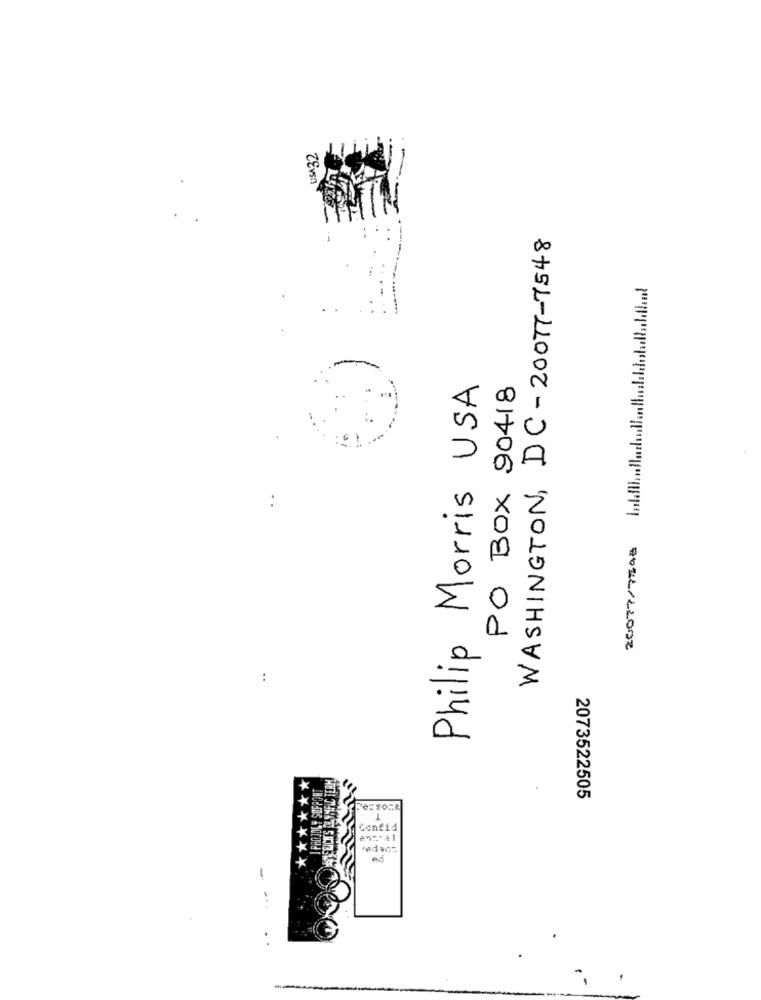
ZEvsn
WASHINGTON, DC-20077-7548
-
Philip Morris USA
PO Box 90418
2073522505
Persone
T
Confid
Jedacz
..